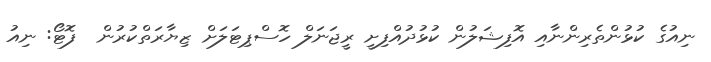
ނިއުގެ ކުޅުންތެރިންނާއި އޮފިޝަލުން ކުޅުދުއްފިށީ ރީޖަނަލް ހޮސްޕިޓަލަށް ޒިޔާރަތްކުރުން  ފޮޓޯ: ނިއު